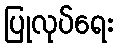
ပြုလုပ်ရေး